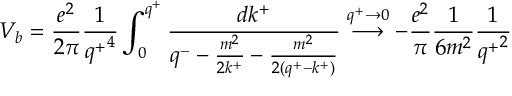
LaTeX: V _ { b } = \frac { e ^ { 2 } } { 2 \pi } \frac { 1 } { { q ^ { + } } ^ { 4 } } \int _ { 0 } ^ { q ^ { + } } \frac { d k ^ { + } } { q ^ { - } - \frac { m ^ { 2 } } { 2 k ^ { + } } - \frac { m ^ { 2 } } { 2 ( q ^ { + } - k ^ { + } ) } } \stackrel { q ^ { + } \rightarrow 0 } { \longrightarrow } - \frac { e ^ { 2 } } { \pi } \frac { 1 } { 6 m ^ { 2 } } \frac { 1 } { { q ^ { + } } ^ { 2 } }